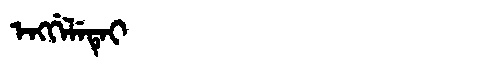
Manchu: ᡝᠩᡤᡝᠯᡝᡨᡝᡳ
Romanization: ENGGELETEI